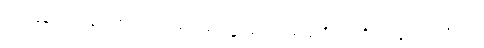
ဃာနေနပိ၊ ဃာနပသာဒဖြင့်လည်း။ ဖောဋ္ဌဗ္ဗံယေဝ၊ တွေ့ထိဖွယ်ကိုပင်လျှင်။ ဖုသိတဗ္ဗံ၊